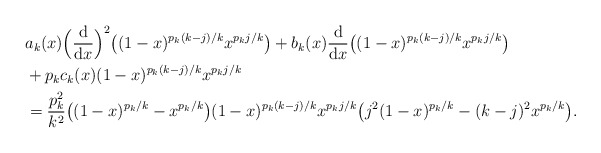
\begin{align*}& a_k(x) \Big(\frac{\textup{d}}{\textup{d}x}\Big)^2\big( (1-x)^{p_k(k-j)/k} x^{p_k j/k} \big)+ b_k(x) \frac{\textup{d}}{\textup{d}x}\big( (1-x)^{p_k(k-j)/k} x^{p_k j/k} \big) \\& + p_k c_k(x) (1-x)^{p_k(k-j)/k} x^{p_k j/k} \\& = \frac{p_k^2}{k^2} \big( (1-x)^{p_k/k} - x^{p_k/k} \big) (1-x)^{p_k(k-j)/k} x^{p_k j/k}\big( j^2 (1-x)^{p_k/k} - (k-j)^2 x^{p_k/k} \big).\end{align*}